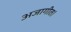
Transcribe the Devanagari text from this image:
अजागीत।